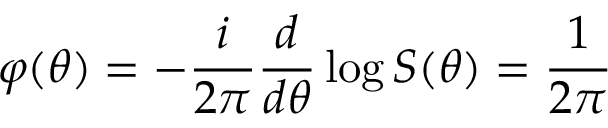
\varphi ( \theta ) = - \frac i { 2 \pi } \frac d { d \theta } \log S ( \theta ) = \frac 1 { 2 \pi }